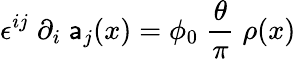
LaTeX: \epsilon^{ij}\; \partial_{i}\; \mathsf{a}_{j}(x)=\phi_{0}\; \frac{{\theta}}{{\pi}}\; \rho(x)